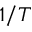
1 / T